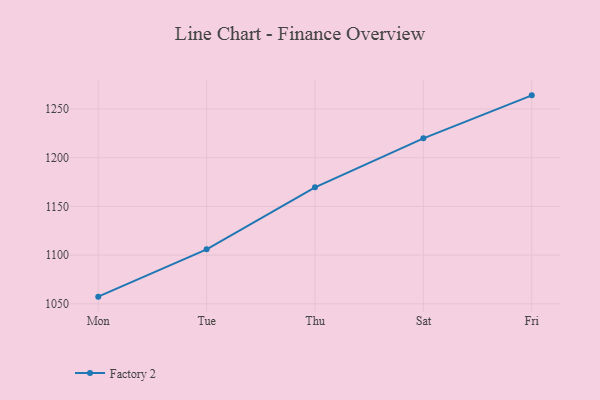
{"axis": {"x": "Day", "y": "Satisfaction Score"}, "legend": ["Factory 2"], "data": [{"x": "Mon", "y": 1057.4, "type": "Factory 2"}, {"x": "Tue", "y": 1106.0, "type": "Factory 2"}, {"x": "Thu", "y": 1169.6, "type": "Factory 2"}, {"x": "Sat", "y": 1219.9, "type": "Factory 2"}, {"x": "Fri", "y": 1264.0, "type": "Factory 2"}]}